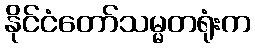
နိုင်ငံတော်သမ္မတရုံးက